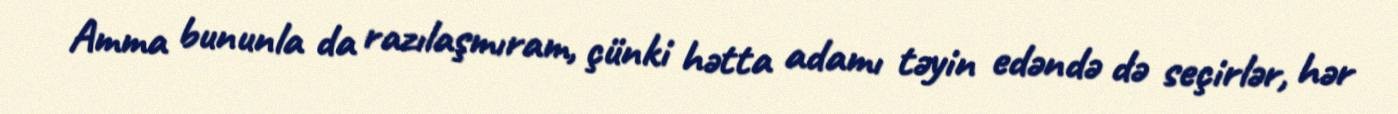
Amma bununla da razılaşmıram, çünki hətta adamı təyin edəndə də seçirlər, hər